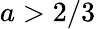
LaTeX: a>2/3